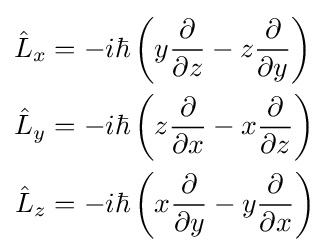
{\begin{aligned}{\hat {L}}_{x}&=-i\hbar \left(y{\partial  \over \partial z}-z{\partial  \over \partial y}\right)\\{\hat {L}}_{y}&=-i\hbar \left(z{\partial  \over \partial x}-x{\partial  \over \partial z}\right)\\{\hat {L}}_{z}&=-i\hbar \left(x{\partial  \over \partial y}-y{\partial  \over \partial x}\right)\end{aligned}}